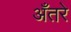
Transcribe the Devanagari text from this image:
अँतरे